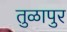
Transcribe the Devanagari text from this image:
तुळापुर